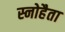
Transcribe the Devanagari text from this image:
स्नोहैता